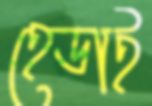
হেডাই